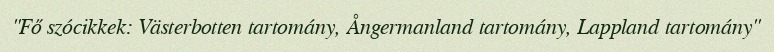
"Fő szócikkek: Västerbotten tartomány, Ångermanland tartomány, Lappland tartomány"